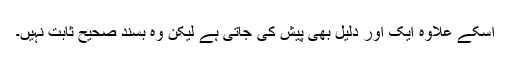
اسکے علاوہ ایک اور دلیل بھی پیش کی جاتی ہے لیکن وہ بسند صحیح ثابت نہیں۔